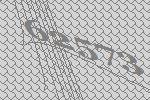
62573